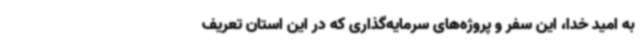
به امید خدا، این سفر و پروژه‌های سرمایه‌گذاری که در این استان تعریف